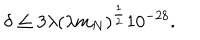
LaTeX: \delta \leq 3 \lambda ( \lambda m _ { N } ) ^ { \frac { 1 } { 2 } } 1 0 ^ { - 2 8 } .